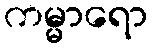
ကမ္မာရော